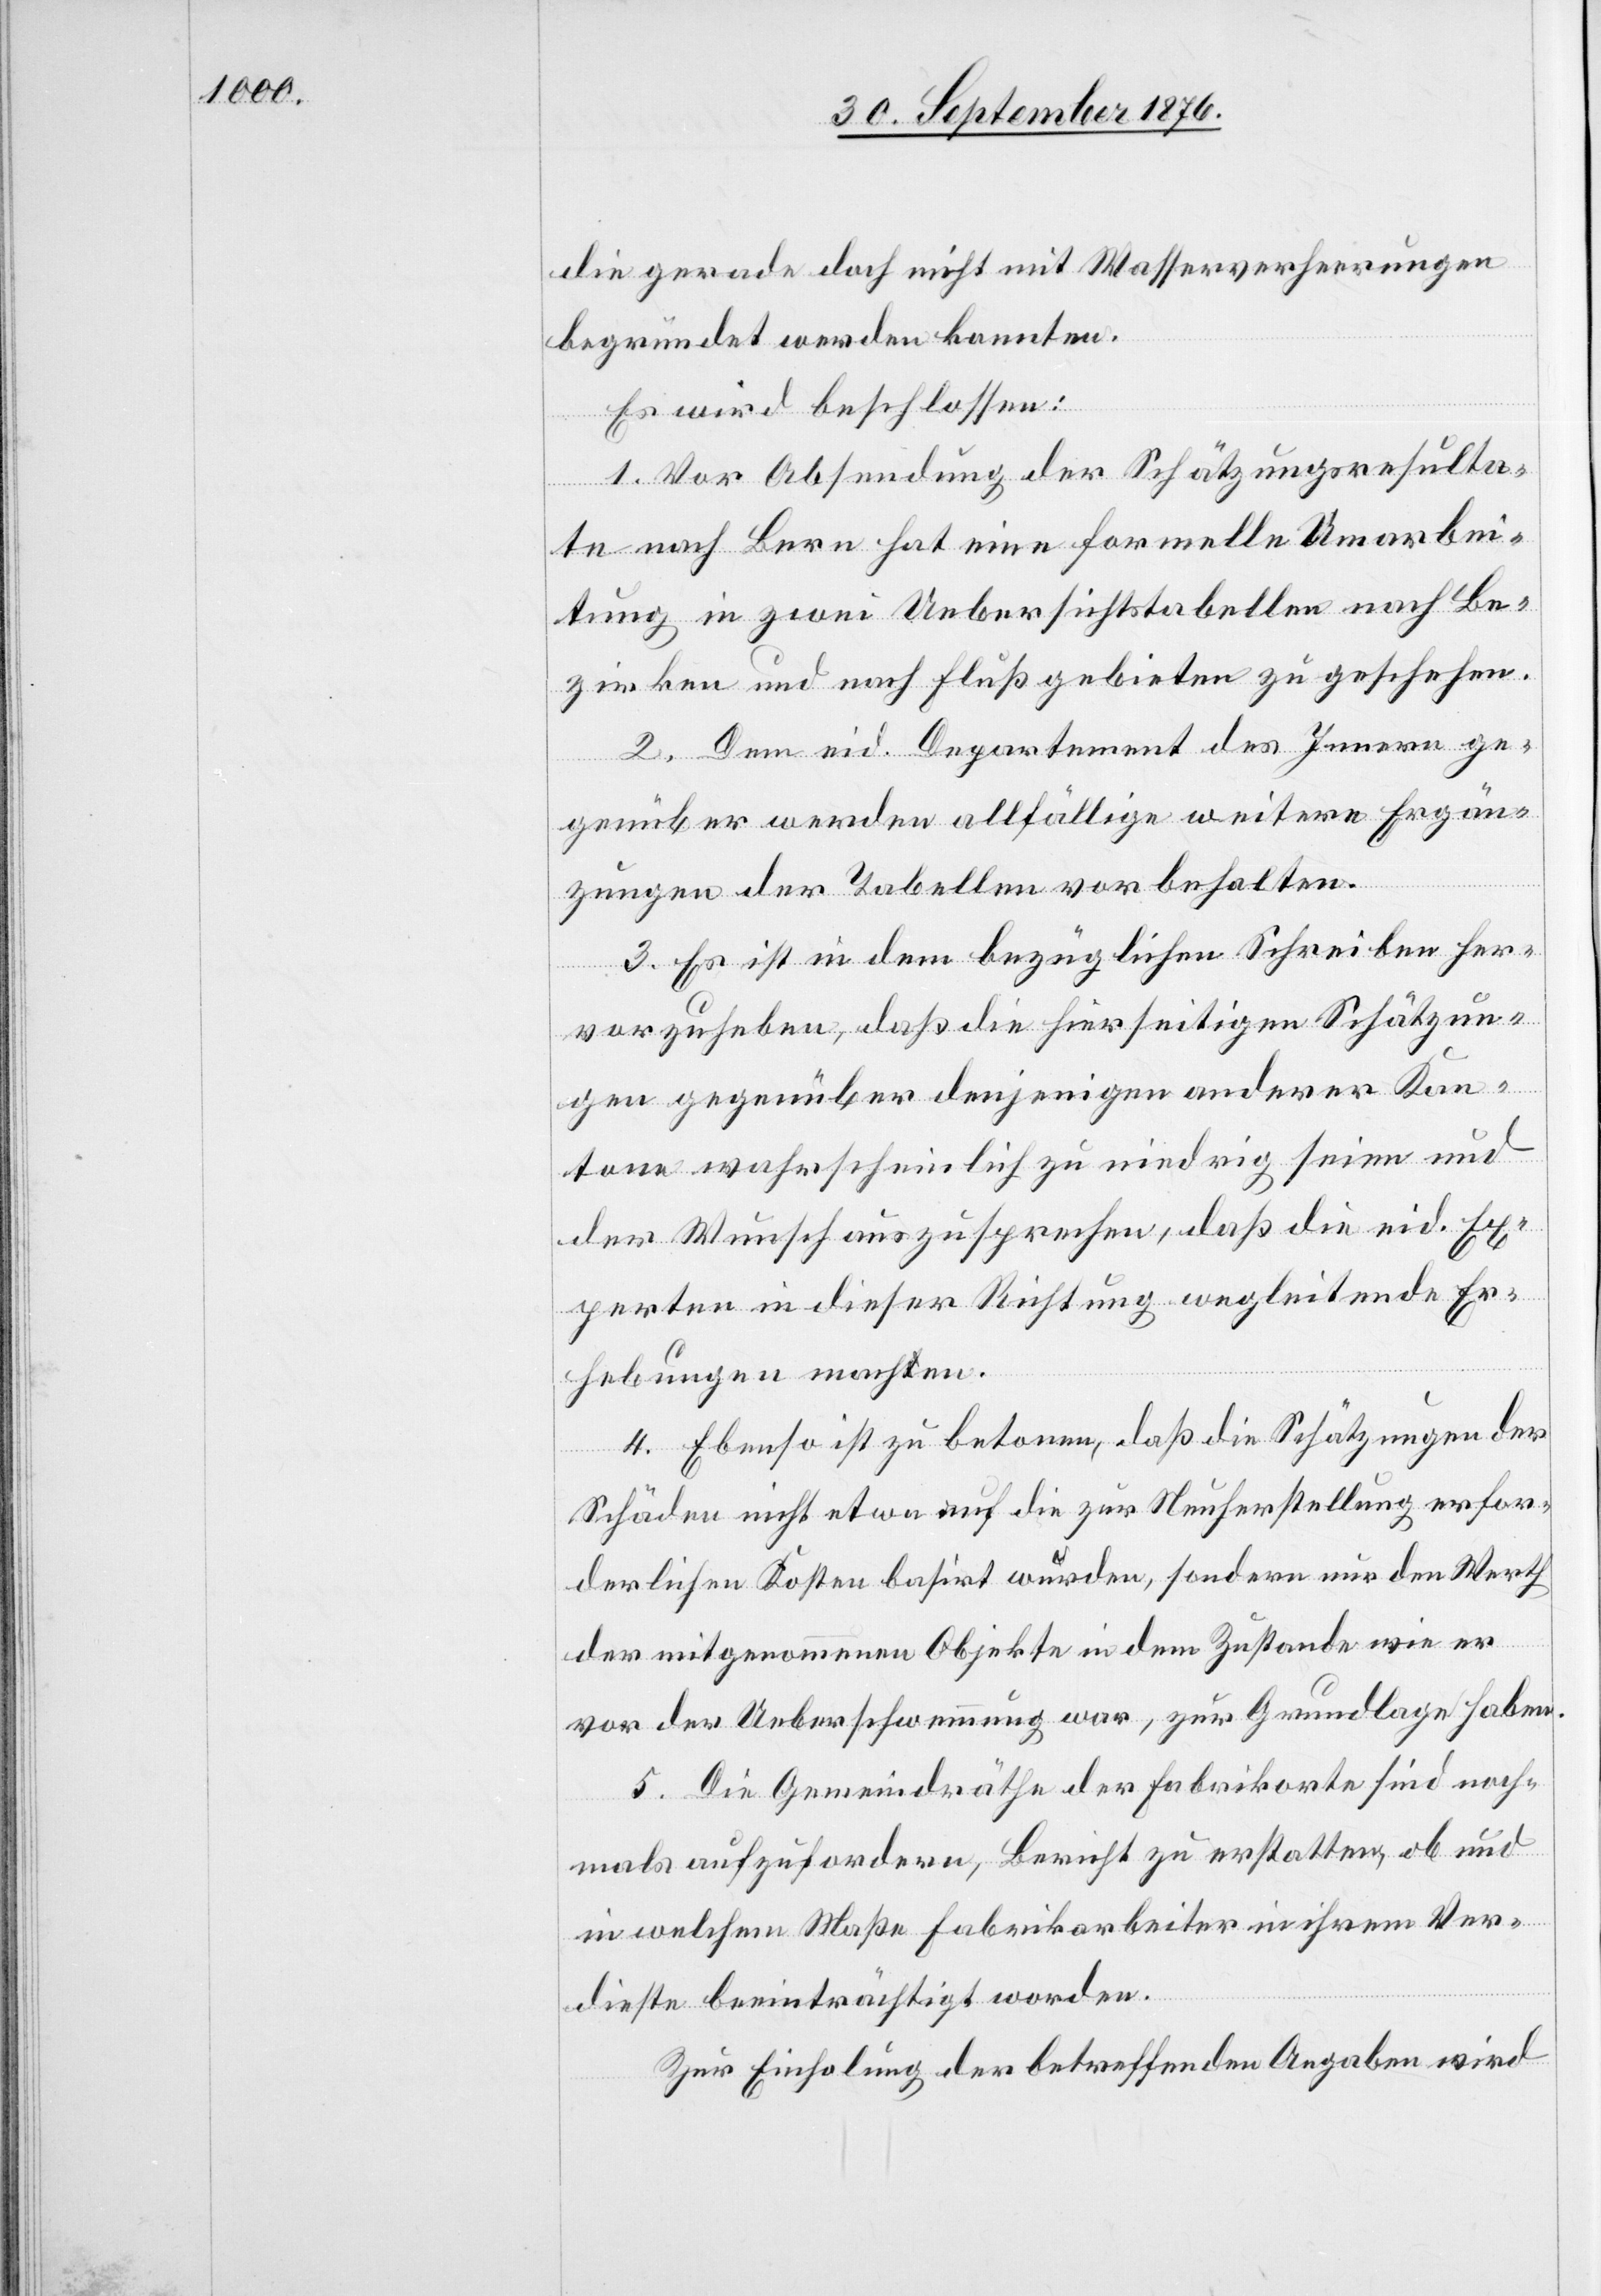
die gerade doch nicht mit Wasserverheerungen
begründet werden konnten.
Es wird beschlossen:
1. Vor Absendung der Schätzungsresulta¬
te nach Bern hat eine formelle Umarbei¬
tung in zwei Uebersichtstabellen nach Be¬
zirken und nach Flußgebieten zu geschehen.
2. Dem eid. Departement des Innern ge¬
genüber werden allfällige weitere Ergän¬
zungen der Tabellen vorbehalten.
3. Es ist in dem bezüglichen Schreiben her¬
vorzuheben, daß die hierseitigen Schätzun¬
gen gegenüber denjenigen anderer Kan¬
tone wahrscheinlich zu niedrig seien und
der Wunsch auszusprechen, daß die eid. Ex¬
perten in dieser Richtung wegleitende Er¬
hebungen machen.
4. Ebenso ist zu betonen, daß die Schätzungen der
Schäden nicht etwa auf die zur Neuherstellung erfor¬
derlichen Kosten basirt wurden, sondern nur den Werth
der mitgenommenen Objekte in dem Zustande wie er
vor der Ueberschwemmung war, zur Grundlage haben.
5. Die Gemeindräthe der Fabrikorte sind noch¬
mals aufzufordern, Bericht zu erstatten, ob und
in welchem Maße Fabrikarbeiter in ihrem Ver¬
dienste beeinträchtigt worden.
Zur Einholung der betreffenden Angaben wird